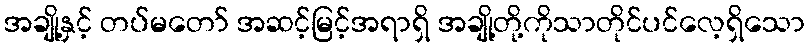
အချို့နှင့် တပ်မတော် အဆင့်မြင့်အရာရှိ အချို့တို့ကိုသာတိုင်ပင်လေ့ရှိသော